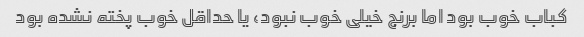
کباب خوب بود اما برنج خیلی خوب نبود، یا حداقل خوب پخته نشده بود